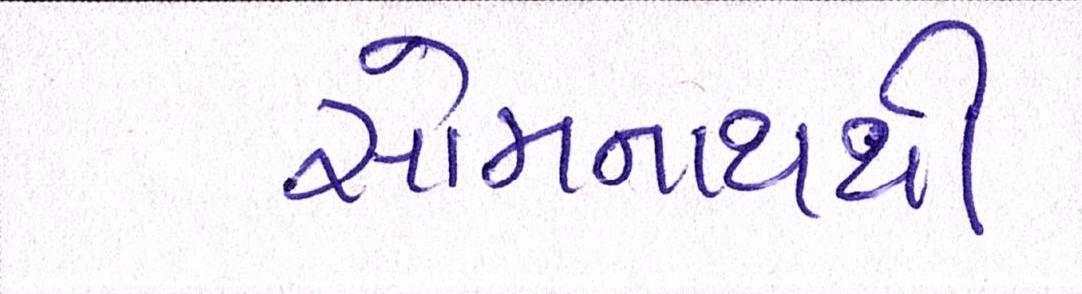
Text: સોમનાથથી